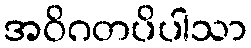
အဝိဂတပိပါသာ